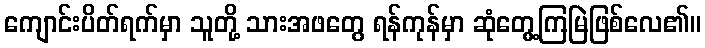
ကျောင်းပိတ်ရက်မှာ သူတို့ သားအဖတွေ ရန်ကုန်မှာ ဆုံတွေ့ကြမြဲဖြစ်လေ၏။